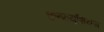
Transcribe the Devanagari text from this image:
कुन्फ़्यूशियस